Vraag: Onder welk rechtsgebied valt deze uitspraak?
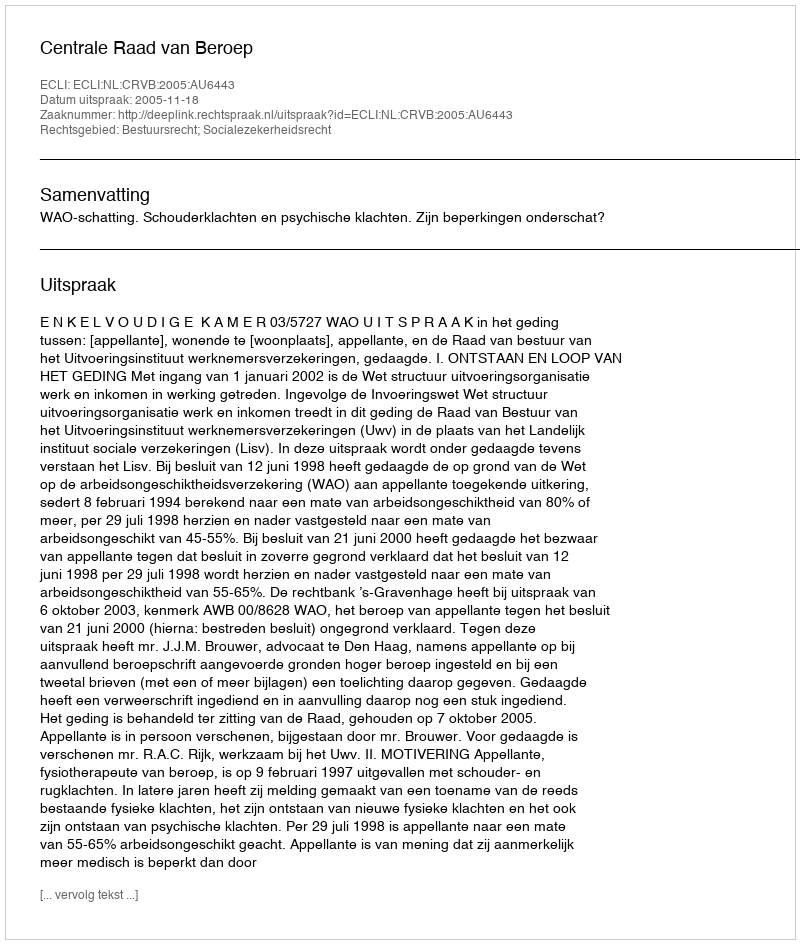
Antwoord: Bestuursrecht; Socialezekerheidsrecht